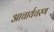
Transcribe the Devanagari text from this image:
आचार्यचरण